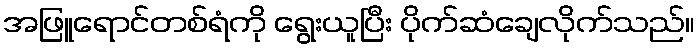
အဖြူရောင်တစ်ရံကို ရွေးယူပြီး ပိုက်ဆံချေလိုက်သည်။